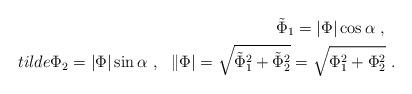
LaTeX: \begin{align*}\tilde{\Phi}_1 = |\Phi| \cos\alpha \ , \ \ \\tilde{\Phi}_2 = |\Phi| \sin\alpha \ , \ \ \|\Phi| = \sqrt{\tilde{\Phi}_1^2+\tilde{\Phi}_2^2} =\sqrt{\Phi_1^2+\Phi_2^2} \ .\end{align*}